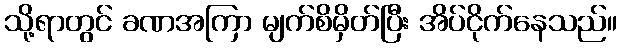
သို့ရာတွင် ခဏအကြာ မျက်စိမှိတ်ပြီး အိပ်ငိုက်နေသည်။